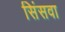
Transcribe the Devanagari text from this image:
सिंसवा